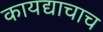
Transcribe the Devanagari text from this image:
कायद्याचाच